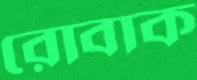
রোবাক